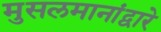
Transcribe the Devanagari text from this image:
मुसलमानांद्वारे